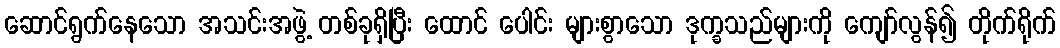
ဆောင်ရွက်နေသော အသင်းအဖွဲ့ တစ်ခုရှိပြီး ထောင် ပေါင်း များစွာသော ဒုက္ခသည်များကို ကျော်လွန်၍ တိုက်ရိုက်